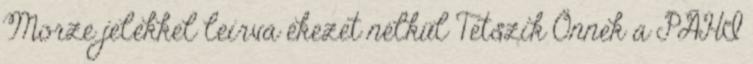
Morze jelekkel leírva ékezet nélkül Tetszik Önnek a PÁHI